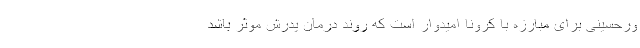
ورحسینی برای مبارزه با کرونا امیدوار است که روند درمان پدرش موثر باشد